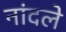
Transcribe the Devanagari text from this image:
नांदले